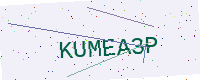
Text: KUMEA3P